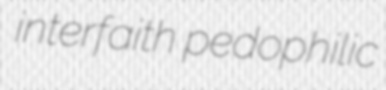
interfaith pedophilic